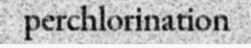
perchlorination